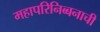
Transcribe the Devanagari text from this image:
महापरिनिब्बनाची